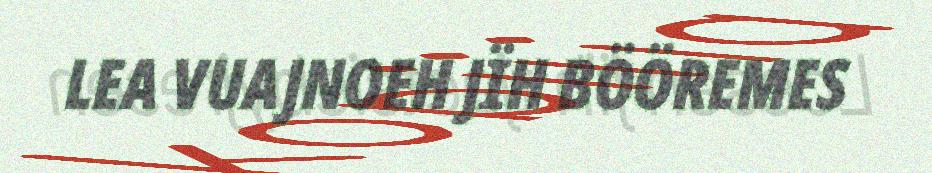
LEA VUAJNOEH JÏH BÖÖREMES